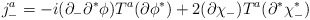
\begin{align*}j^a_- = -i (\partial_- \partial^* \phi) T^a (\partial \phi^*) + 2 (\partial \chi_-) T^a (\partial^* \chi^*_-)\end{align*}